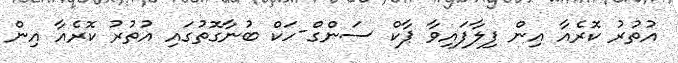
އުތުރު ކޮރެއާ އިން ފިލާފައިވާ ޕާކް ސަންގް-ހަކް ބުނާގޮތުގައި އުތުރު ކޮރެއާ އިން